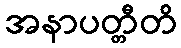
အနာပတ္တီတိ